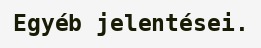
Egyéb jelentései.